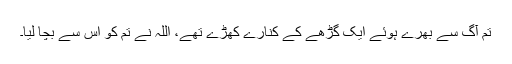
تم آگ سے بھرے ہوئے ایک گڑھے کے کنارے کھڑے تھے، اللہ نے تم کو اس سے بچا لیا۔